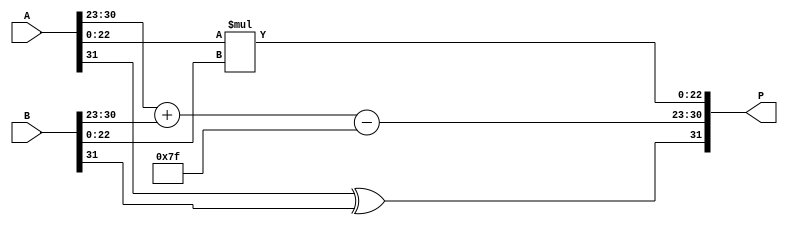
module radix4_fp_multiplier (
    input  wire [31:0] A,           // First floating-point number
    input  wire [31:0] B,           // Second floating-point number
    output reg  [31:0] P            // Product of A and B
);

    // Internal variables
    wire S_A, S_B;                  // Signs of A and B
    wire [7:0] E_A, E_B;            // Exponents of A and B
    wire [22:0] M_A, M_B;           // Significands of A and B

    wire S_P;                       // Sign of product
    wire [7:0] E_P;                 // Exponent of product
    wire [47:0] M_P;                // Intermediate product significand

    // Extract sign, exponent, and significand
    assign S_A = A[31];
    assign E_A = A[30:23];
    assign M_A = {1'b1, A[22:0]};   // Implicit leading 1 for normalization

    assign S_B = B[31];
    assign E_B = B[30:23];
    assign M_B = {1'b1, B[22:0]};   // Implicit leading 1 for normalization

    // Sign Calculation
    assign S_P = S_A ^ S_B;

    // Exponent Calculation (Bias = 127)
    assign E_P = (E_A + E_B) - 8'd127; // Adjust for bias

    // Compute significand product using Radix-4 technique
    assign M_P = M_A * M_B; // This needs to account for the fact that M_A and M_B are 24 bits

    // Final output formatting
    always @* begin
        // Normalization and rounding logic is simplified; the actual implementation may require more detailed handling
        P[31] = S_P; // Sign of product
        P[30:23] = E_P; // Exponent of product
        P[22:0] = M_P[22:0]; // Significand of product
    end
endmodule